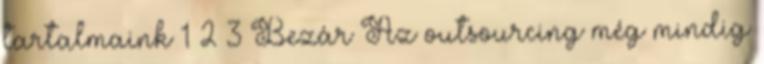
tartalmaink 1 2 3 Bezár Az outsourcing még mindig